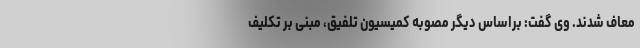
معاف شدند. وی گفت: براساس دیگر مصوبه کمیسیون تلفیق، مبنی بر تکلیف